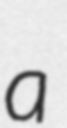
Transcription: a